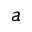
a